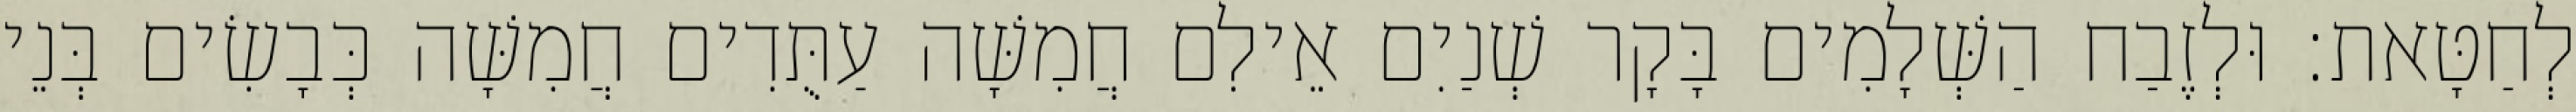
לְחַטָּאת׃ וּלְזֶבַח הַשְּׁלָמִים בָּקָר שְׁנַיִם אֵילִם חֲמִשָּׁה עַתֻּדִים חֲמִשָּׁה כְּבָשִׂים בְּנֵי